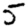
Digit: 5